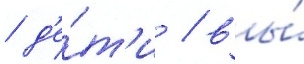
/ д'е́т'и / вы́